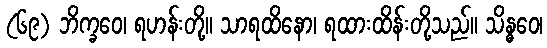
(၆၉) ဘိက္ခဝေ၊ ရဟန်းတို့။ သာရထိနော၊ ရထားထိန်းတို့သည်။ သိန္ဓဝေ၊